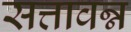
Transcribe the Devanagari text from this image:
सत्तावन्न